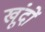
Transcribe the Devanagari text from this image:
खूंदों